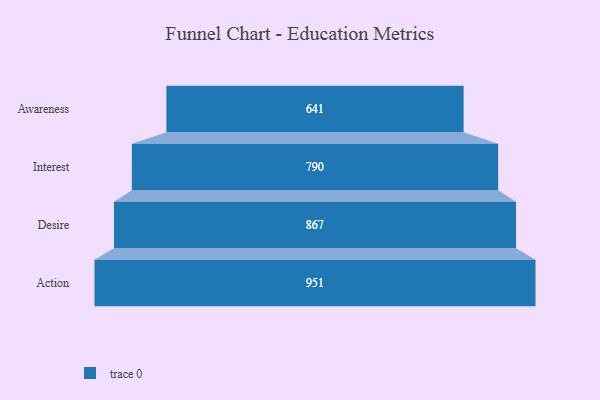
{"axis": {"x": "Stage", "y": "Value"}, "legend": [""], "data": [{"x": "Awareness", "y": 641.0, "type": ""}, {"x": "Interest", "y": 790.0, "type": ""}, {"x": "Desire", "y": 867.0, "type": ""}, {"x": "Action", "y": 951.0, "type": ""}]}